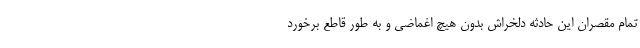
تمام مقصران این حادثه دلخراش بدون هیچ اغماضی و به طور قاطع برخورد